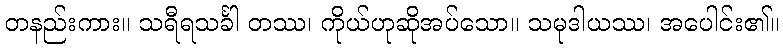
တနည်းကား။ သရီရသင်္ခါ တဿ၊ ကိုယ်ဟုဆိုအပ်သော။ သမုဒါယဿ၊ အပေါင်း၏။